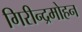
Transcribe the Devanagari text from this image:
गिरीन्द्रमोहन